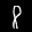
Label: 8